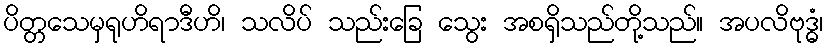
ပိတ္တသေမှရုဟိရာဒီဟိ၊ သလိပ် သည်းခြေ သွေး အစရှိသည်တို့သည်။ အပလိဗုဒ္ဓံ၊